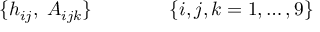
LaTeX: \{ h _ { i j } , \; A _ { i j k } \} \qquad \qquad \{ i , j , k = 1 , \dots , 9 \}